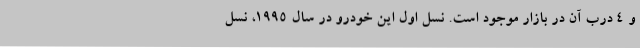
و 4 درب آن در بازار موجود است. نسل اول این خودرو در سال 1995، نسل